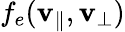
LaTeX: f_{e}(\mathbf{v}_{\| },\mathbf{v}_{\perp})